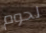
لحوم